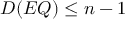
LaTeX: D ( E Q ) \leq n - 1